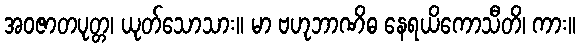
အဝဇာတပုတ္တ၊ ယုတ်သောသား။ မာ ဗဟုဘာဏိဓ နေရယိကောသီတိ၊ ကား။